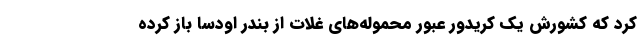
کرد که کشورش یک کریدور عبور ‌محموله‌های غلات از بندر اودسا باز کرده